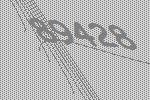
89428